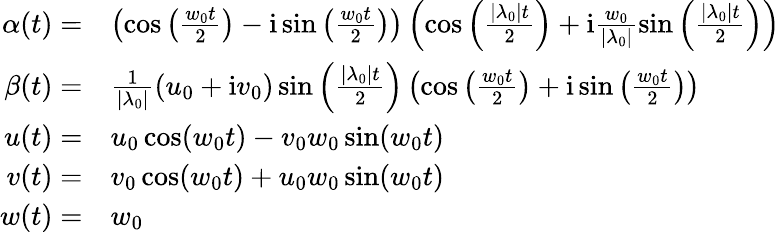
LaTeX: \begin{array}{rl}{\alpha(t)=}&{\left(\cos\left(\frac{w_{0}t}{2}\right)-\mathrm{i}\sin\left(\frac{w_{0}t}{2}\right)\right)\left(\cos\left(\frac{|\lambda_{0}|t}{2}\right)+\mathrm{i}\frac{w_{0}}{|\lambda_{0}|}\sin\left(\frac{|\lambda_{0}|t}{2}\right)\right)}\\ {\beta(t)=}&{\frac{1}{|\lambda_{0}|}(u_{0}+\mathrm{i}v_{0})\sin\left(\frac{|\lambda_{0}|t}{2}\right)\left(\cos\left(\frac{w_{0}t}{2}\right)+\mathrm{i}\sin\left(\frac{w_{0}t}{2}\right)\right)}\\ {u(t)=}&{u_{0}\cos(w_{0}t)-v_{0}w_{0}\sin(w_{0}t)}\\ {v(t)=}&{v_{0}\cos(w_{0}t)+u_{0}w_{0}\sin(w_{0}t)}\\ {w(t)=}&{w_{0}}\end{array}